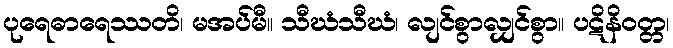
ပုရေဓာရေဿတိ၊ မအပ်မီ။ သီဃံသီဃံ၊ လျင်စွာလျှင်စွာ။ ပဋိနိဝတ္တ၊